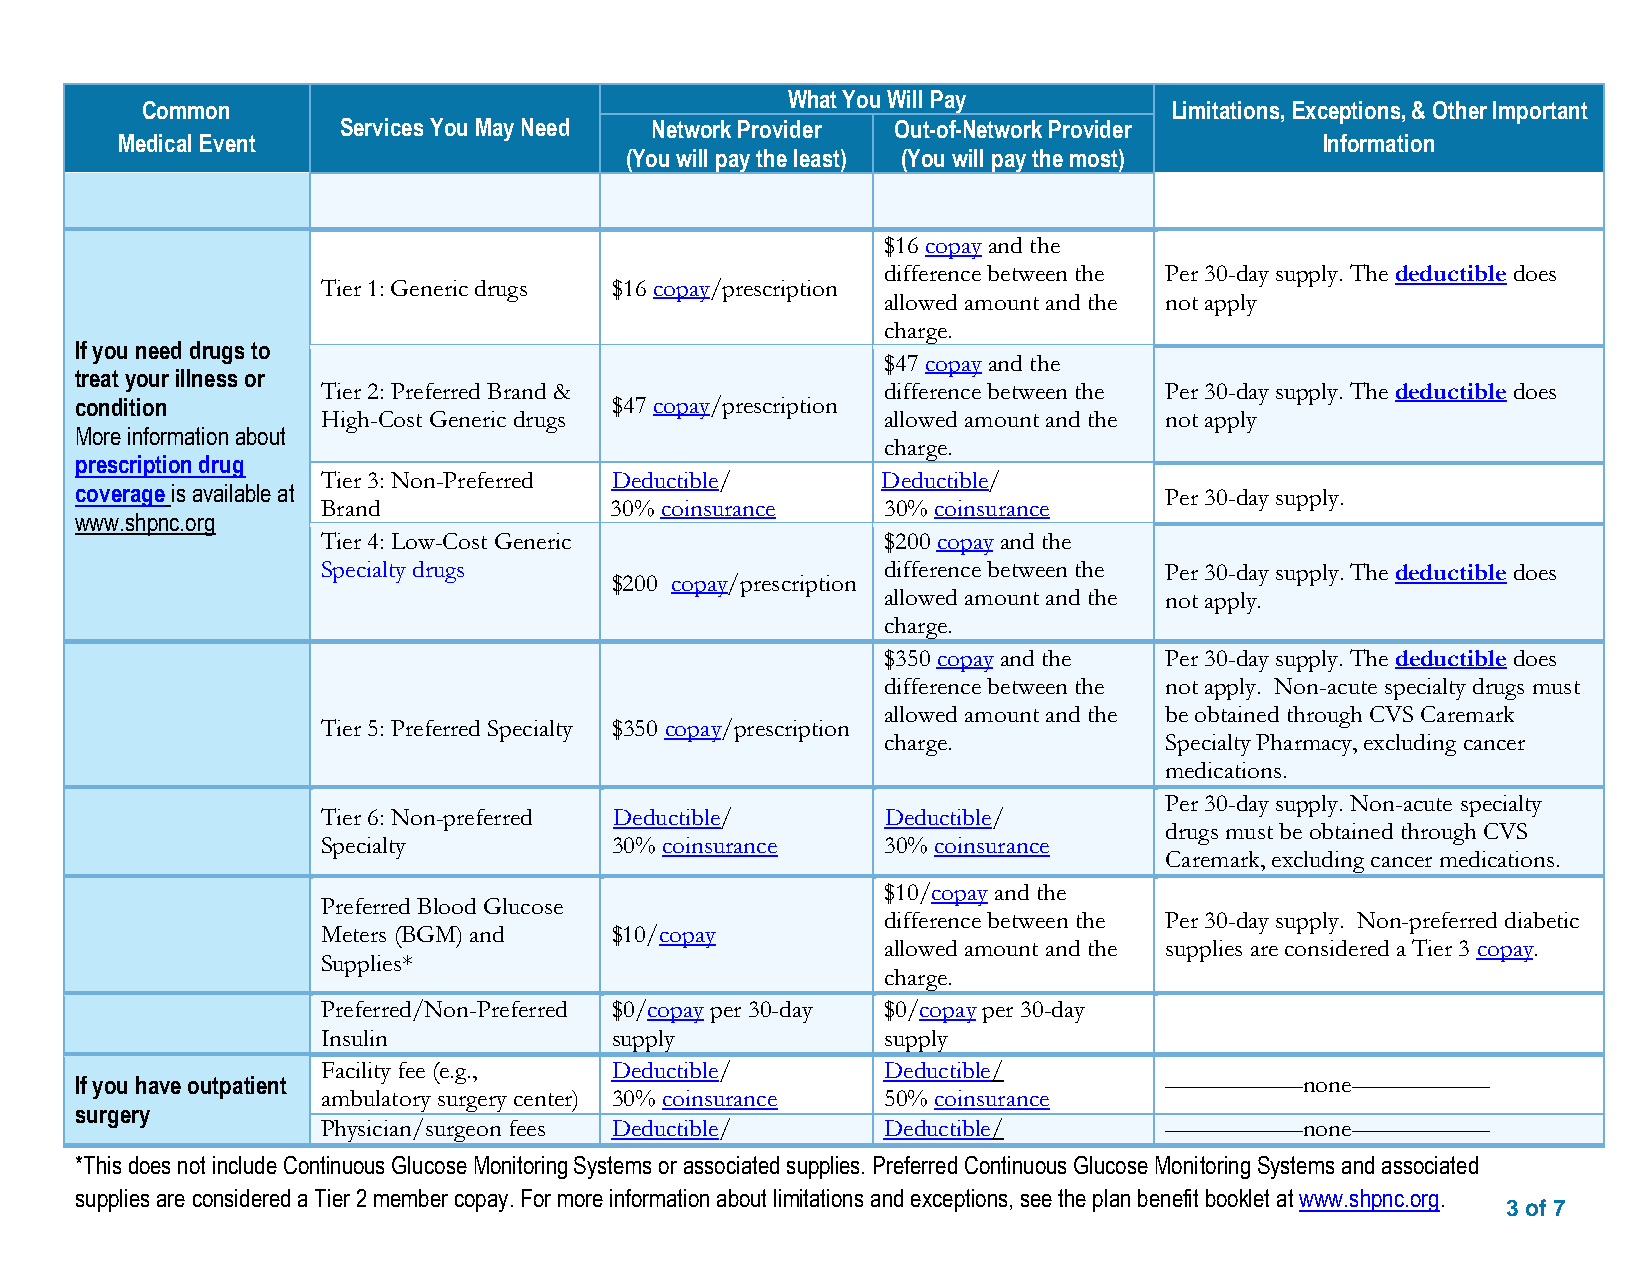
What You Will Pay
 Common                                                              Limitations, Exceptions, & Other Important
 Services You May Need Network Provider Out-of-Network Provider
 Medical Event                                                                   Information
 (You will pay the least) (You will pay the most)
 $16 copay and the
 difference between the Per 30-day supply. The deductible does
 Tier 1: Generic drugs $16 copay/prescription
 allowed amount and the not apply
 charge.
 If you need drugs to
 $47 copay and the
 treat your illness or
 Tier 2: Preferred Brand &            difference between the Per 30-day supply. The deductible does
 condition                          $47 copay/prescription
 High-Cost Generic drugs              allowed amount and the not apply
 More information about
 charge.
 prescription drug
 Tier 3: Non-Preferred Deductible/    Deductible/
 coverage is available at
 Brand              30% coinsurance   30% coinsurance
 P er 30-day supply.
 www.shpnc.org
 Tier 4: Low-Cost Generic             $200 copay and the
 Specialty drugs                      difference between the Per 30-day supply. The deductible does
 $200 copay/prescription
 allowed amount and the not apply.
 charge.
 $350 copay and the Per 30-day supply. The deductible does
 difference between the not apply. Non-acute specialty drugs must
 allowed amount and the be obtained through CVS Caremark
 Tier 5: Preferred Specialty $350 copay/prescription
 charge.            Specialty Pharmacy, excluding cancer
 medications.
 Per 30-day supply. Non-acute specialty
 Tier 6: Non-preferred Deductible/     Deductible/
 drugs must be obtained through CVS
 Specialty          30% coinsurance   30% coinsurance
 Caremark, excluding cancer medications.
 $10/copay and the
 Preferred Blood Glucose
 difference between the Per 30-day supply. Non-preferred diabetic
 Meters (BGM) and   $10/copay
 allowed amount and the supplies are considered a Tier 3 copay.
 Supplies*
 charge.
 Preferred/Non-Preferred $0/copay per 30-day $0/copay per 30-day
 Insulin            supply            supply
 Facility fee (e.g., Deductible/      Deductible/
 If you have outpatient                                                  –––––––––––none–––––––––––
 ambulatory surgery center) 30% coinsurance 50% coinsurance
 surgery
 Physician/surgeon fees Deductible/   Deductible/        –––––––––––none–––––––––––
 *This does not include Continuous Glucose Monitoring Systems or associated supplies. Preferred Continuous Glucose Monitoring Systems and associated
 supplies are considered a Tier 2 member copay. For more information about limitations and exceptions, see the plan benefit booklet at www.shpnc.org.
 3 of 7